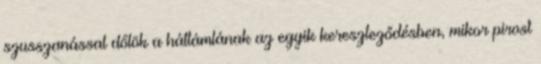
szusszanással dőlök a háttámlának az egyik kereszteződésben, mikor pirost